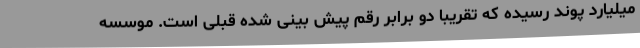
میلیارد پوند رسیده که تقریبا دو برابر رقم پیش بینی شده قبلی است. موسسه